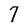
Character: 7